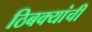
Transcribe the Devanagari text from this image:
ठिबक्यांची